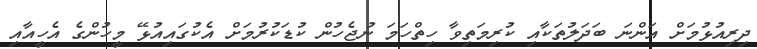
ދިރިއުޅުމަށް އަންނަ ބަދަލުތަކާއި ކުރިމަތިވާ ހިތްހަމަ ނުޖެހުން ކުޑަކުރުމަށް އެކުގައިއުޅޭ މީހުންގެ އެހީއާއި